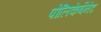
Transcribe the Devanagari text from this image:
पोलिकेर्बनेट